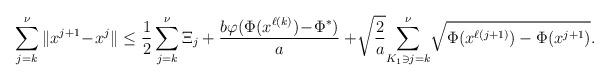
LaTeX: \begin{align*}\sum_{j=k}^{\nu}\|x^{j+1}\!-\!x^{j}\|\le\frac{1}{2}\sum_{j=k}^{\nu}\Xi_j+\frac{b\varphi(\Phi(x^{\ell(k)})\!-\!\Phi^*)}{a}+\!\sqrt{\frac{2}{a}}\!\sum_{K_1\ni j=k}^{\nu}\!\sqrt{\Phi(x^{\ell(j+1)})-\Phi(x^{j+1})}.\end{align*}